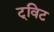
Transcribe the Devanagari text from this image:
ट्‌विट